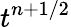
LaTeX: t^{n+1/2}